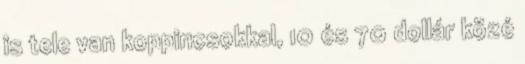
is tele van koppincsokkal, 10 és 70 dollár közé